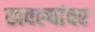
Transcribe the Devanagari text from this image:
खवल्यांवर